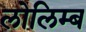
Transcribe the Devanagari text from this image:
लोलिम्ब